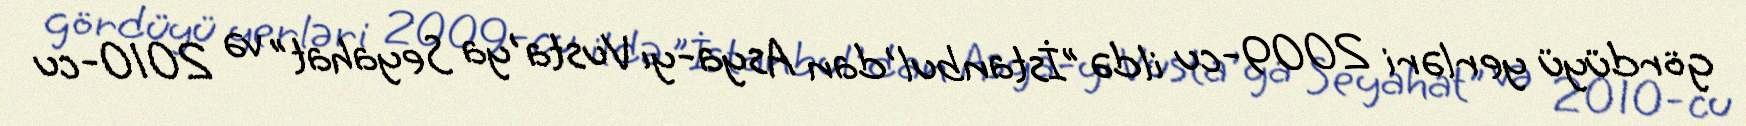
gördüyü yerləri 2009-cu ildə "İstanbul'dan Asya-yı Vusta'ya Seyahat" və 2010-cu